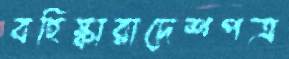
বহিষ্কারাদেশপত্র